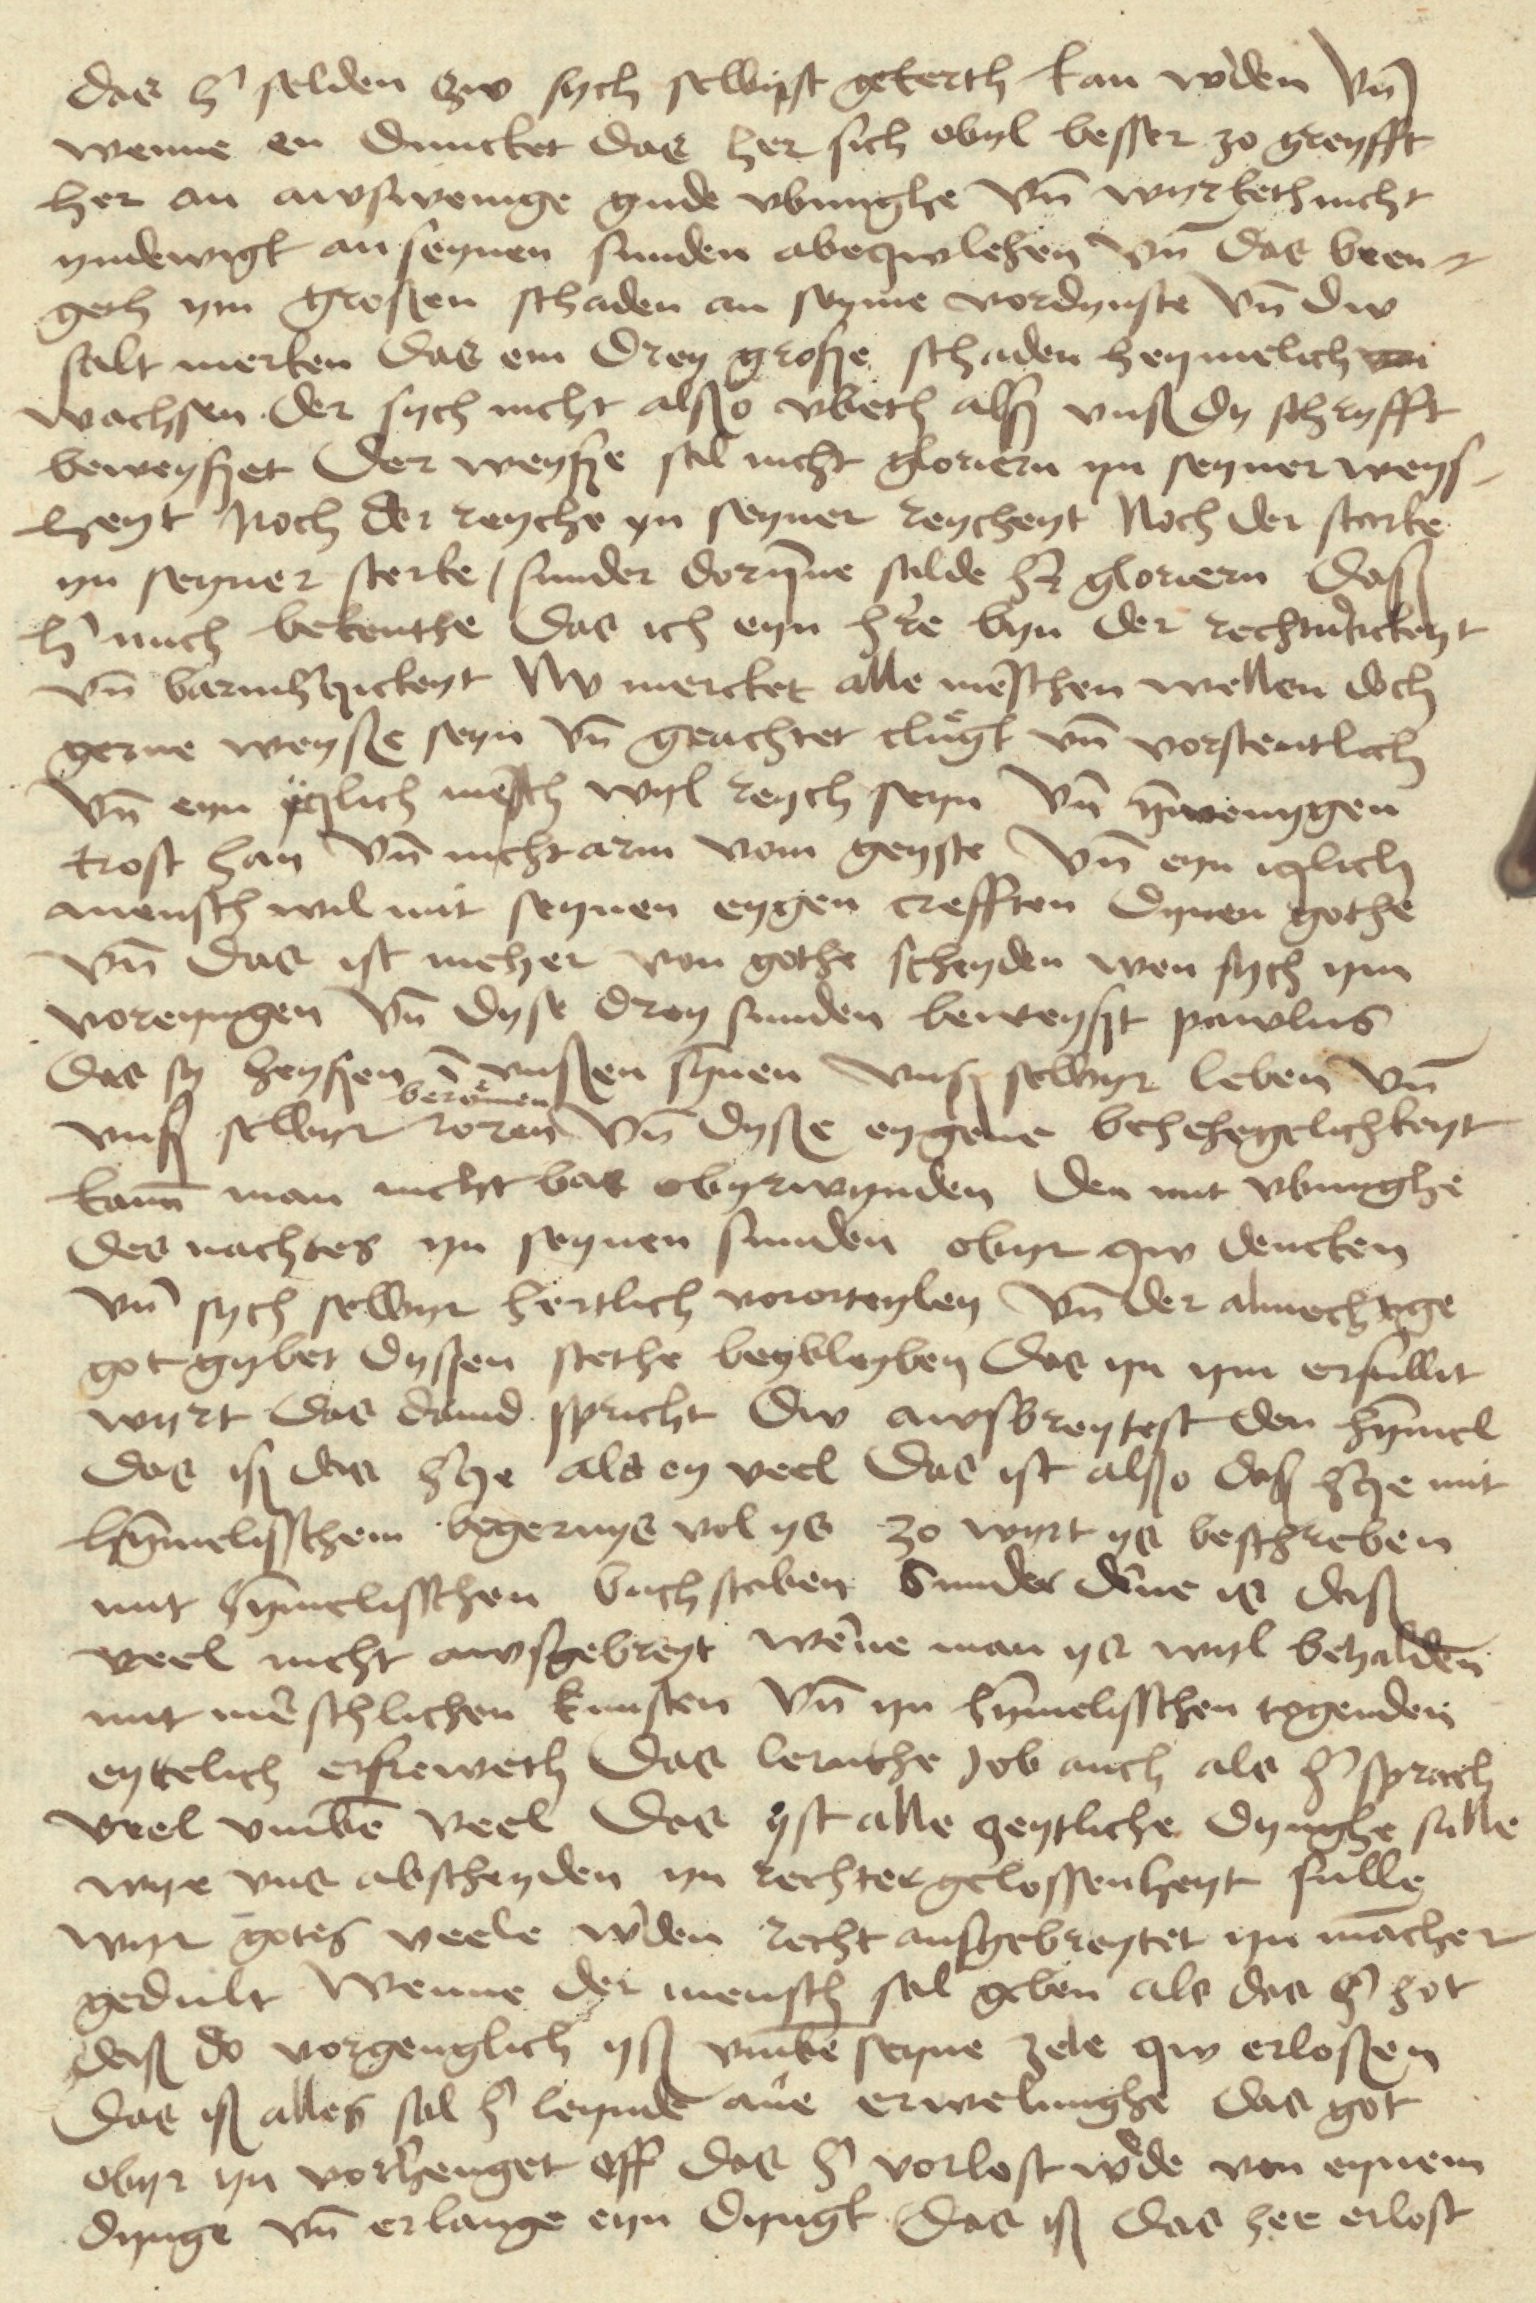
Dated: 1480–1499